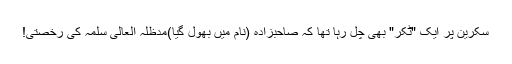
سکرین پر ایک "ٹکر" بھی چل رہا تھا کہ صاحبزادہ (نام میں بھول گیا)مدظلہ العالی سلمہ کی رخصتی!